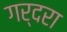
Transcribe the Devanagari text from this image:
गर्दरा